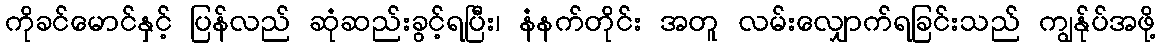
ကိုခင်မောင်နှင့် ပြန်လည် ဆုံဆည်းခွင့်ရပြီး၊ နံနက်တိုင်း အတူ လမ်းလျှောက်ရခြင်းသည် ကျွန်ုပ်အဖို့